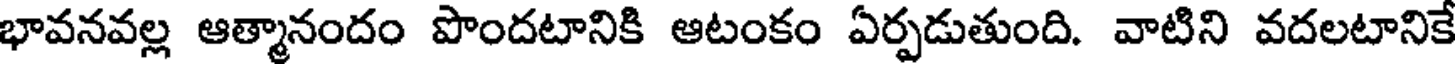
భావనవల్ల ఆత్మానందం పొందటానికి ఆటంకం ఏర్పడుతుంది. వాటిని వదలటానికే